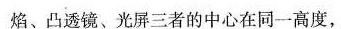
焰、凸透镜、光屏三者的中心在同一高度，